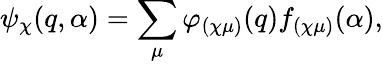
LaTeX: \psi_{\chi}(q,\alpha)=\sum_{\mu}\varphi_{(\chi\mu)}(q)f_{(\chi\mu)}(\alpha),